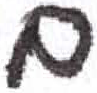
אות: ם